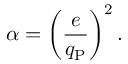
\alpha = \left( { \frac { e } { q _ { \mathrm { P } } } } \right) ^ { 2 } .